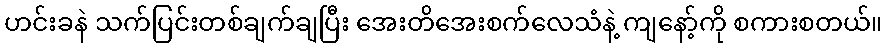
ဟင်းခနဲ သက်ပြင်းတစ်ချက်ချပြီး အေးတိအေးစက်လေသံနဲ့ ကျနော့်ကို စကားစတယ်။